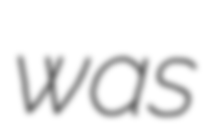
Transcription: was